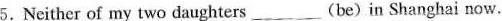
5.Neither of my two daughters ___ (be) in Shanghai now.